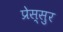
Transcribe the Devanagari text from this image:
प्रेस्सुर